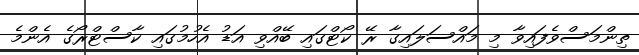
ތިންމަސްވެފައިވާ މި މައްސަލައިގާ ރޭ ކޯޓްގައި ބޭއްވި އަޑު އެހުމުގައި ކާސްޓްރޯގެ އެންމެ